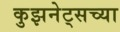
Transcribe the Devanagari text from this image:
कुझनेट्सच्या